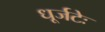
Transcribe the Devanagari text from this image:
धूर्जटेः